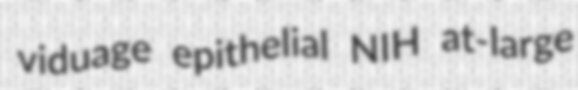
viduage epithelial NIH at-large